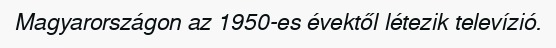
Magyarországon az 1950-es évektől létezik televízió.